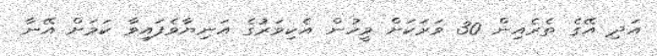
އަދި އޭގެ ތެރެއިން 30 ވަރަކަށް މީހުން އެކިވަރުގެ އަނިޔާވެފައިވާ ކަމަށް އޭނާ